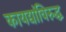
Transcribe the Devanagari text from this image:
कायद्यांविरुद्ध